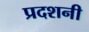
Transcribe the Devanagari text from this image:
प्रदशनी